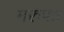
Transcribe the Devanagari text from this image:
मरुपन्न